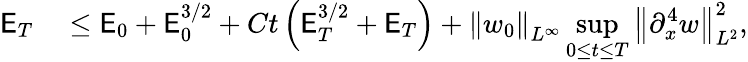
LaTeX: \begin{array}{rl}{\mathsf{E}_{T}}&{{}\leq\mathsf{E}_{0}+\mathsf{E}_{0}^{3/2}+Ct\left(\mathsf{E}_{T}^{3/2}+\mathsf{E}_{T}\right)+\left\| w_{0}\right\| _{L^{\infty}}\displaystyle\operatorname*{sup}_{0\leq t\leq T}\left\| \partial_{x}^{4}w\right\| _{L^{2}}^{2},}\end{array}